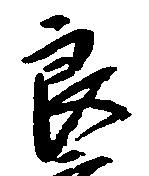
良